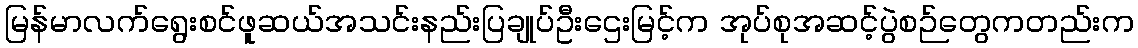
မြန်မာလက်ရွေးစင်ဖူဆယ်အသင်းနည်းပြချုပ်ဦးဌေးမြင့်က အုပ်စုအဆင့်ပွဲစဉ်တွေကတည်းက